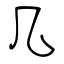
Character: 几